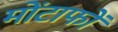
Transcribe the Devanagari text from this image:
मोंटाफों